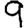
Digit: 9